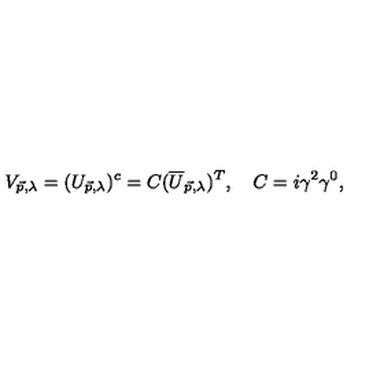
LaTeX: V _ { \vec { p } , \lambda } = ( U _ { \vec { p } , \lambda } ) ^ { c } = C ( \overline { { U } } _ { \vec { p } , \lambda } ) ^ { T } , \quad C = i \gamma ^ { 2 } \gamma ^ { 0 } ,